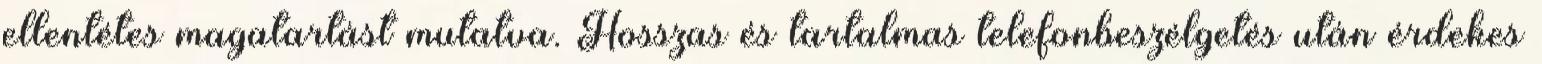
ellentétes magatartást mutatva. Hosszas és tartalmas telefonbeszélgetés után érdekes